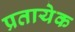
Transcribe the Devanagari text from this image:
प्रतायेक